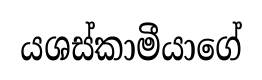
යශස්කාමීයාගේ